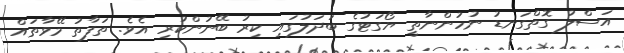
އަސްލު ގޮތްގަނޑު ނުހުންނާތީ ޔޯގަޓުގެ ބަދަލުގައި ކިރު ބޭނުންކުރި އެވެ. ތަފާތު މޭވާތައް